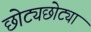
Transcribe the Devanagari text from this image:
छोट्यछोट्या